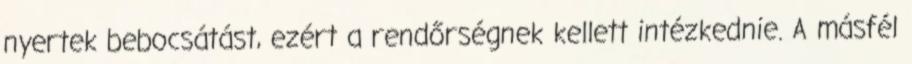
nyertek bebocsátást, ezért a rendőrségnek kellett intézkednie. A másfél